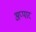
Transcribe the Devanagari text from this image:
अप्पार